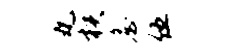
丸核詹伍